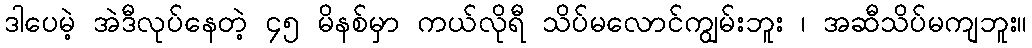
ဒါပေမဲ့ အဲဒီလုပ်နေတဲ့ ၄၅ မိနစ်မှာ ကယ်လိုရီ သိပ်မလောင်ကျွမ်းဘူး ၊ အဆီသိပ်မကျဘူး။